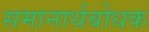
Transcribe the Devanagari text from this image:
समानार्थबोधक